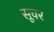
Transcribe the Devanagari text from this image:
सूचर